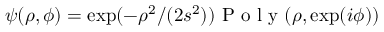
\psi ( \rho , \phi ) = \exp ( - \rho ^ { 2 } / ( 2 s ^ { 2 } ) ) \mathrm { ~ P ~ o ~ l ~ y ~ } ( \rho , \exp ( i \phi ) )